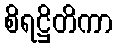
စိရဋ္ဌိတိကာ